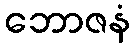
ဘောဇနံ